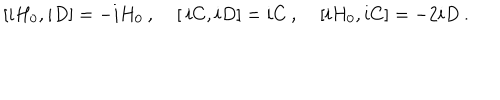
LaTeX: [ i H _ { 0 } , i D ] = - i H _ { 0 } \: , \: \: \: \: \: [ \: i C , i D ] = i C \: , \: \: \: \: \: [ i H _ { 0 } , i C ] = - 2 i D \: .